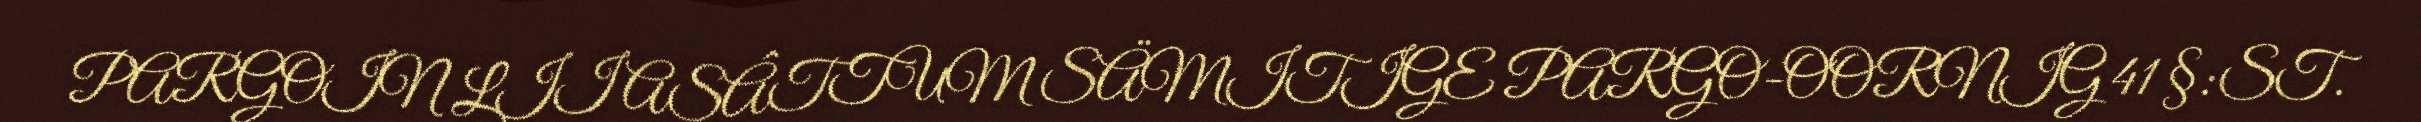
PARGOIN LII ASÂTTUM SÄMITIGE PARGO-OORNIG 41 §:ST.